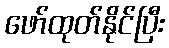
ဖော်ထုတ်နိုင်ပြီး